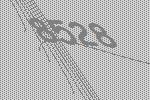
8528